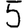
Digit: 5